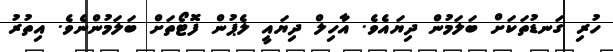
ހުރި ގަނޑުތަކަށް ބަލަމުން ދިޔައެވެ. އާހިލް ދިޔައީ ލެޕުން ފޮޓޯތަށް ބަލަމުންނެވެ. އިތުރު